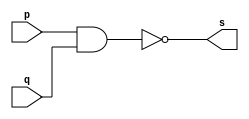
// ------------------------- 
// Guia01primeira - NAND 
// Nome: Pedro Henrique Vilar Locatelli 
// ------------------------- 
module nandgate ( output s, 
                 input p, 
                 input q); 
 assign s = ~(p & q); 
endmodule // nandgate 
// --------------------- 
// -- test nand gate 
// --------------------- 
module testnandgate; 
// ------------------------- dados locais 
  reg a, b; // definir registradores 
  wire s; // definir conexao (fio) 
// ------------------------- instancia 
  nandgate NAND1 (s, a, b); 
// ------------------------- preparacao 
  initial begin:start 
   a=0; b=0; 
  end 
// ------------------------- parte principal 
  initial begin 
   $display("Guia01primeira - Pedro Henrique Vilar Locatelli - 427453"); 
   $display("Test NAND gate"); 
   $display("\na & b = s\n"); 
   a=0; b=0; 
#1 $display("%b & %b = %b", a, b, s); 
   a=0; b=1; 
#1 $display("%b & %b = %b", a, b, s); 
   a=1; b=0; 
#1 $display("%b & %b = %b", a, b, s); 
   a=1; b=1; 
#1 $display("%b & %b = %b", a, b, s); 
end 
endmodule // testnandgate 
// verso    -    data    -    comentario
// 0.1          03/08/11       (OK). tabela verdade de porta NAND